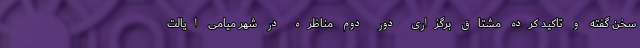
سخن گفته و تاکید کرده مشتاق برگزاری دور دوم مناظره در شهر میامی ایالت